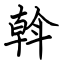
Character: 斡